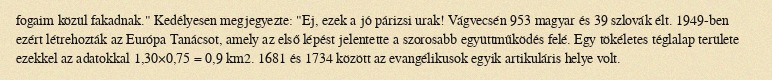
fogaim közül fakadnak." Kedélyesen megjegyezte: "Ej, ezek a jó párizsi urak! Vágvecsén 953 magyar és 39 szlovák élt. 1949-ben ezért létrehozták az Európa Tanácsot, amely az első lépést jelentette a szorosabb együttműködés felé. Egy tökéletes téglalap területe ezekkel az adatokkal 1,30×0,75 = 0,9 km2. 1681 és 1734 között az evangélikusok egyik artikuláris helye volt.